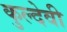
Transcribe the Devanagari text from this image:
कुल्देवी